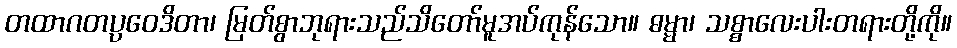
တထာဂတပ္ပဝေဒိတာ၊ မြတ်စွာဘုရားသည်သိတော်မူအပ်ကုန်သော။ ဓမ္မာ၊ သစ္စာလေးပါးတရားတို့ကို။